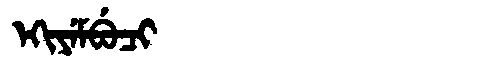
Manchu: ᡝᡴᡳᠶᡝᠮᠪᡠᠴᡳ
Romanization: EKIYEMBUCI